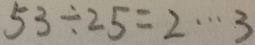
5 3 \div 2 5 = 2 \cdots 3